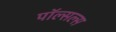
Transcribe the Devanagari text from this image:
पॉल्सल्स